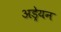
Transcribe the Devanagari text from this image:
अड्रेयन